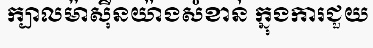
ក្បាលម៉ាស៊ីនយ៉ាងសំខាន់ ក្នុងការជួយ